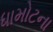
ધામોટના